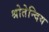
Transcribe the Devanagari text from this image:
श्रोतेन्दिय